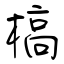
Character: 槁